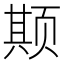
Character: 𬱦